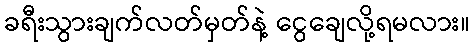
ခရီးသွားချက်လတ်မှတ်နဲ့ ငွေချေလို့ရမလား။